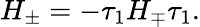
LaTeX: H_{\pm}=-\tau_{1}H_{\mp}\tau_{1}.